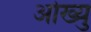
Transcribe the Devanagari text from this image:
ओख्यु